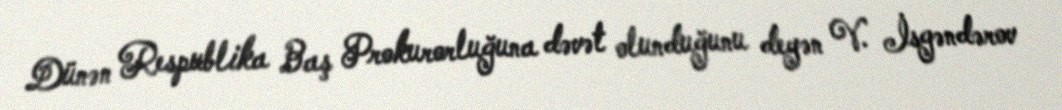
Dünən Respublika Baş Prokurorluğuna dəvət olunduğunu deyən V. İsgəndərov